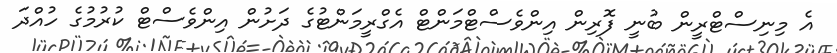
އެ މިނިސްޓްރީން ބުނީ ފޮރިން އިންވެސްޓްމަންޓް އެގްރީމަންޓުގެ ދަށުން އިންވެސްޓް ކުރުމުގެ ހުއްދަ